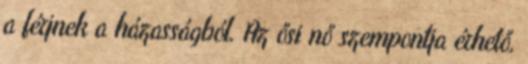
a férjnek a házasságból. Az ősi nő szempontja érhető,